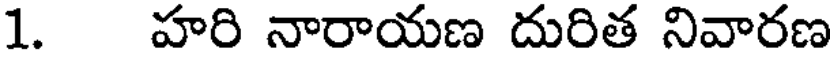
1. హరి నారాయణ దురిత నివారణ